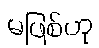
မဖြစ်ဟု